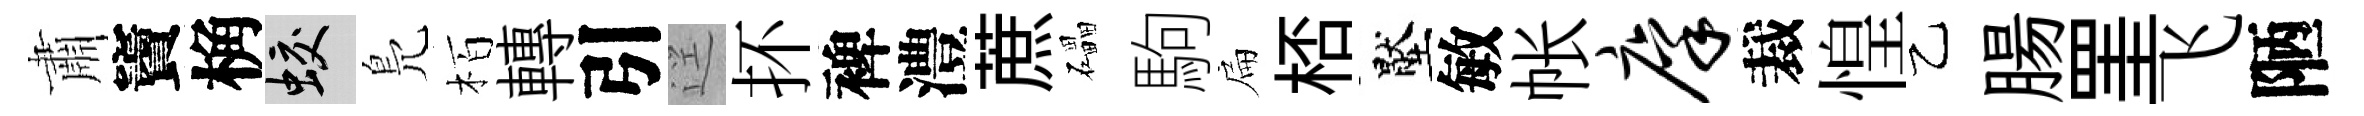
肅竇桷蛟鳬栢轉引逕抔裨澧蔗礧駒扁桮壓敏帐廪裁惶乙腸罣飞陋